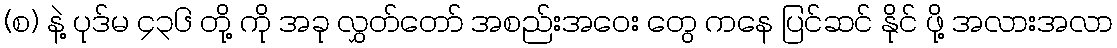
(စ) နဲ့ ပုဒ်မ ၄၃၆ တို့ ကို အခု လွှတ်တော် အစည်းအဝေး တွေ ကနေ ပြင်ဆင် နိုင် ဖို့ အလားအလာ